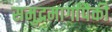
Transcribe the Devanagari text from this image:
समुद्रमार्गांपैकी